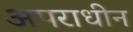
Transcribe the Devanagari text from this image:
अपराधीन